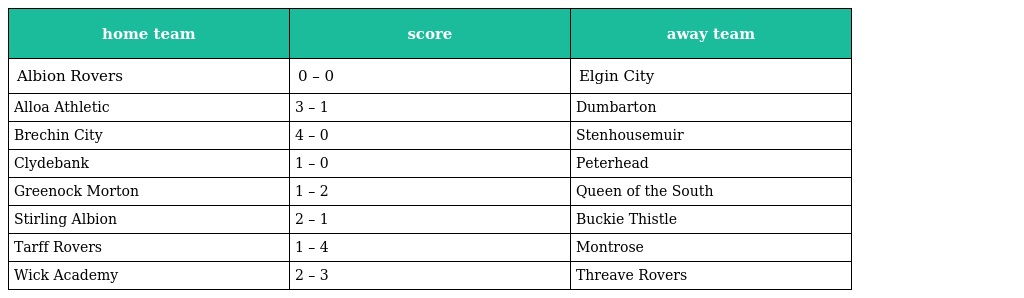
| home team | score | away team |
 | --- | --- | --- |
 | Albion Rovers | 0 – 0 | Elgin City |
 | Alloa Athletic | 3 – 1 | Dumbarton |
 | Brechin City | 4 – 0 | Stenhousemuir |
 | Clydebank | 1 – 0 | Peterhead |
 | Greenock Morton | 1 – 2 | Queen of the South |
 | Stirling Albion | 2 – 1 | Buckie Thistle |
 | Tarff Rovers | 1 – 4 | Montrose |
 | Wick Academy | 2 – 3 | Threave Rovers |